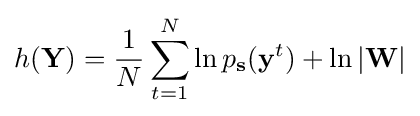
h(\mathbf {Y} )={\frac {1}{N}}\sum _{t=1}^{N}\ln p_{\mathbf {s} }(\mathbf {y} ^{t})+\ln |\mathbf {W} |